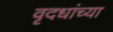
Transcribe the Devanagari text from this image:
वृदधांच्या